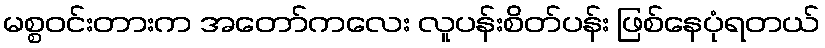
မစ္စဝင်းတားက အတော်ကလေး လူပန်းစိတ်ပန်း ဖြစ်နေပုံရတယ်